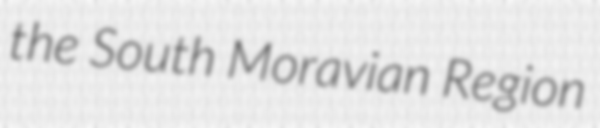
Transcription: the South Moravian Region